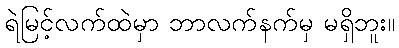
ရဲမြင့်လက်ထဲမှာ ဘာလက်နက်မှ မရှိဘူး။